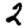
Digit: 2